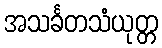
အသင်္ခတသံယုတ္တ